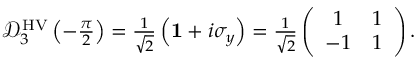
\begin{array} { r } { \mathcal { D } _ { 3 } ^ { \mathrm { H V } } \left( - \frac { \pi } { 2 } \right) = \frac { 1 } { \sqrt { 2 } } \left( { \bf 1 } + i \sigma _ { y } \right) = \frac { 1 } { \sqrt { 2 } } \left( \begin{array} { c c } { 1 } & { 1 } \\ { - 1 } & { 1 } \end{array} \right) . } \end{array}